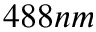
4 8 8 n m